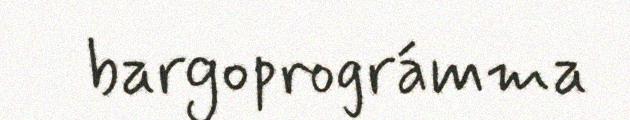
bargoprográmma